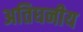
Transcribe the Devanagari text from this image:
अतिघनीय